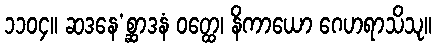
၁၁၀၄။ ဆဒနေ’စ္ဆာဒနံ ဝတ္ထေ၊ နိကာယော ဂေဟရာသိသု။